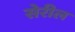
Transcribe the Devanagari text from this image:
सेरील